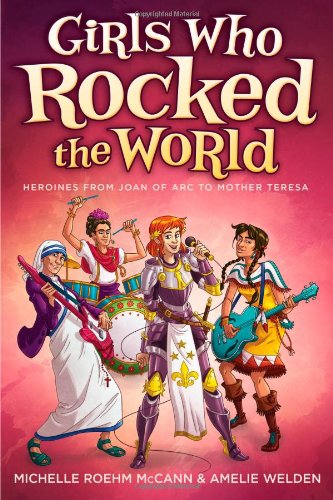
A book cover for Girls Who Rocked the World: Heroines from Joan of Arc to Mother Teresa; Michelle Roehm McCann; Children's Books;